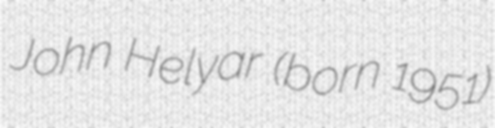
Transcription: John Helyar (born 1951)